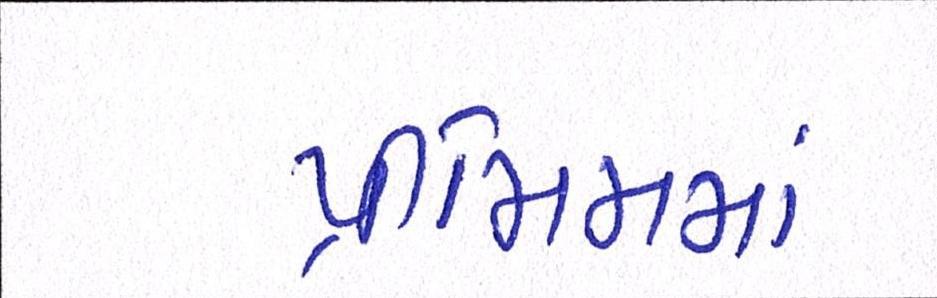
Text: પ્રીમિમમાં